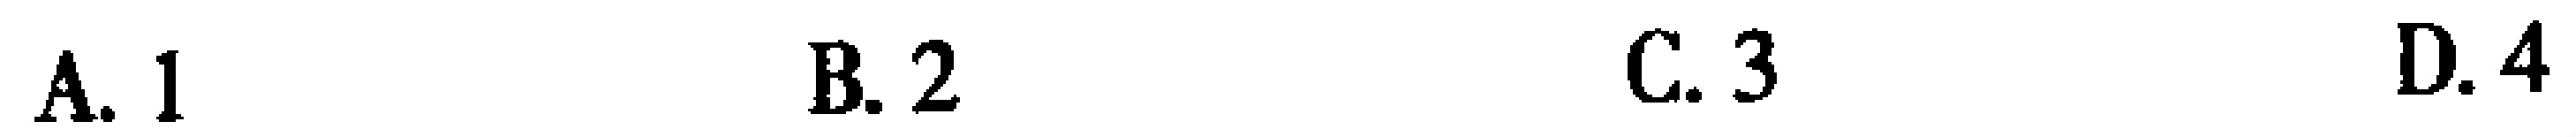
A. 1  B. 2  C. 3  D. 4